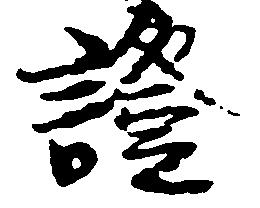
証